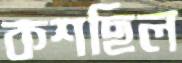
কশছিল